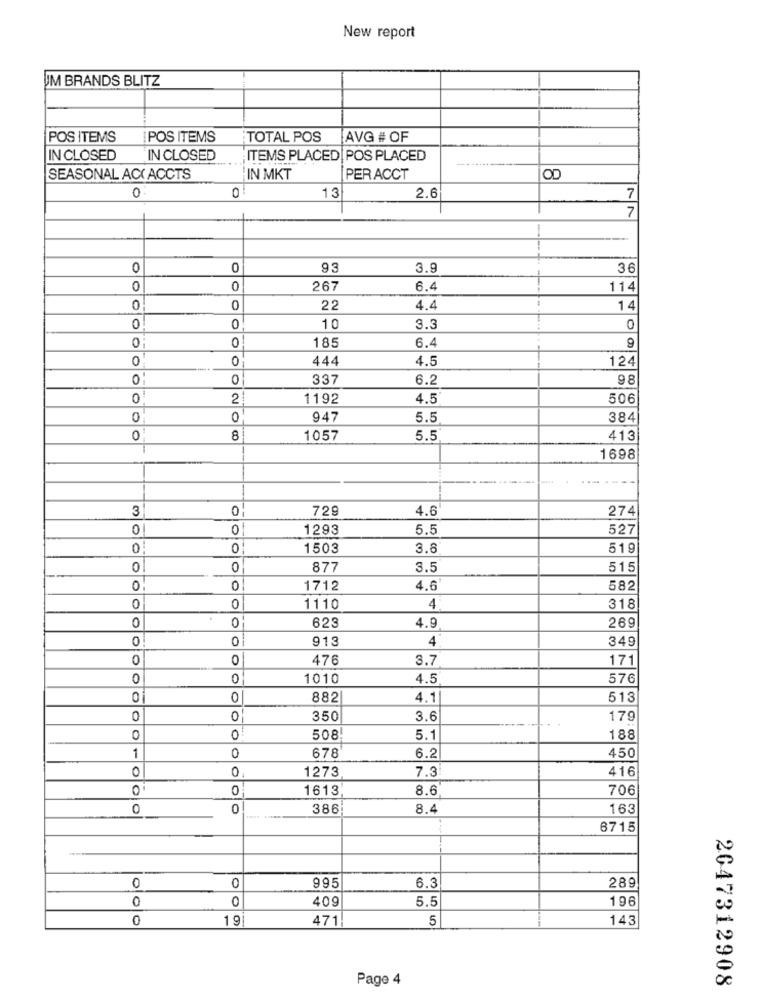
New report
JM BRANDS BLITZ
POS ITEMS
IPOS ITEMS
TOTAL POS
AVG # OF
IN CLOSED
IN CLOSED
ITEMS PLACED POS PLACED
SEASONAL ACC ACCTS
IN MKT
PERACCT
0
13
2.6
0
7
7
0
93
3.9
36
0
267
6.4
114
0
22
4.4
14
0!
0
10
3.3
185
6.4
0
0'
444
4.5
124
0:
0
337
6.2
98
21
1192
4.5
506
0
0
947
5.5
384
0
8
1057
5.5
413
1698
---
3
0
729
4.6
274
0
0
1293
5.5
527
1503
3.8
519
0
877
3.5
515
O
O
1712
4.6
582
0
1110
4
318
623
289
0
4.9
0
913
4
349
0
476
3.7
171
0
0
1010
4.5
576
01
0
882
4.1
513
0
01
350
3.6
179
0
0
508
5.1
188
0
1
678
6.2
450
0
1273
7.3
416
0
0
0
1613
8.6
706
0
0
386
8.4
163
6715
0
6.3
289
995
0
409
5.5
196
0
19
471!
5
143
Page 4
2047312908